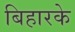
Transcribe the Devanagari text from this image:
बिहारके